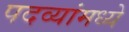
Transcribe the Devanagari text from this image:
पदव्यांमध्ये